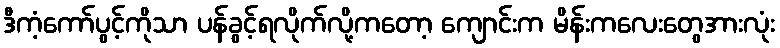
ဒီကံ့ကော်ပွင့်ကိုသာ ပန်ခွင့်ရလိုက်လို့ကတော့ ကျောင်းက မိန်းကလေးတွေအားလုံး